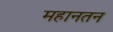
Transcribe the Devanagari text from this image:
महानतन